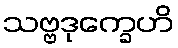
သဗ္ဗဒုက္ခေဟိ